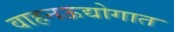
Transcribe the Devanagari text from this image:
वाहनऊद्योगात